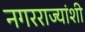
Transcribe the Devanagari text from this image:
नगरराज्यांशी